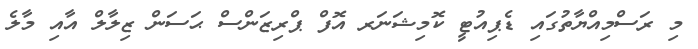
މި ރަސްމިއްޔާތުގައި ޑެޕިއުޓީ ކޮމިޝަނަރ އޮފް ޕްރިޒަންސް ޙަސަން ޒިލާލް އާއި މާލެ